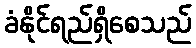
ခံနိုင်ရည်ရှိစေသည်